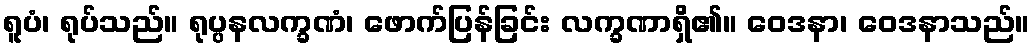
ရူပံ၊ ရုပ်သည်။ ရုပ္ပနလက္ခဏံ၊ ဖောက်ပြန်ခြင်း လက္ခဏာရှိ၏။ ဝေဒနာ၊ ဝေဒနာသည်။